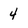
Character: 4